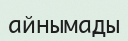
айнымады